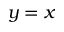
y = x